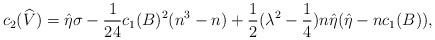
LaTeX: \begin{align*}c_2(\widehat{V})=\hat{\eta}\sigma-\frac{1}{24}c_1(B)^2(n^3-n)+\frac{1}{2}(\lambda^2-\frac{1}{4})n\hat{\eta}(\hat{\eta}-nc_1(B)), \end{align*}